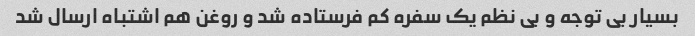
بسیار بی توجه و بی نظم یک سفره کم فرستاده شد و روغن هم اشتباه ارسال شد